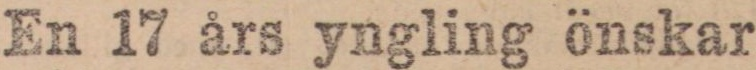
En 17 års yngling önskar